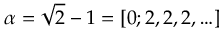
\alpha = \sqrt { 2 } - 1 = [ 0 ; 2 , 2 , 2 , \ldots ]